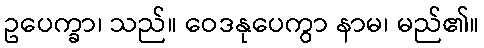
ဥပေက္ခာ၊ သည်။ ဝေဒနုပေကွာ နာမ၊ မည်၏။